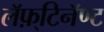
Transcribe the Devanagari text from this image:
लॅफ़्टिनॅण्ट